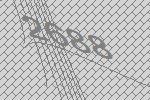
2688